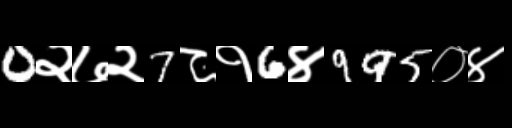
Text: 0२७२7८१6४995०४